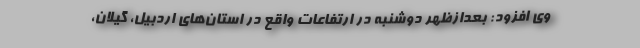
وی افزود: بعدازظهر دوشنبه در ارتفاعات واقع در استان‌های اردبیل، گیلان،